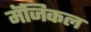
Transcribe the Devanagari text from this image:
मॅजिकल